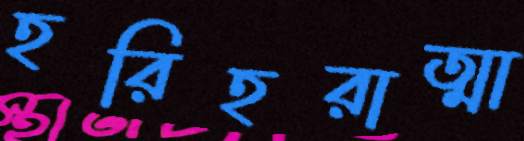
হরিহরাত্মা